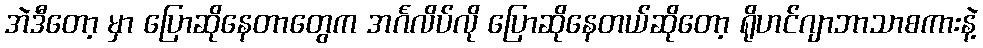
အဲဒီတော့ မှာ ပြောဆိုနေတာတွေက အင်္ဂလိပ်လို ပြောဆိုနေတယ်ဆိုတော့ ရိုဟင်ဂျာဘာသာစကားနဲ့